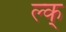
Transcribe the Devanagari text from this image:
ल्क्